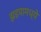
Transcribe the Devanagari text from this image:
झडपामध्ये